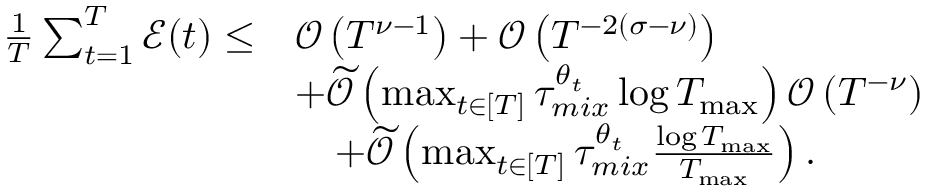
\begin{array} { r l } { \frac { 1 } { T } \sum _ { t = 1 } ^ { T } \mathcal { E } ( t ) \leq } & { \mathcal { O } \left( T ^ { \nu - 1 } \right) + \mathcal { O } \left( T ^ { - 2 ( \sigma - \nu ) } \right) } \\ & { + \widetilde { \mathcal { O } } \left( \operatorname* { m a x } _ { t \in [ T ] } \tau _ { m i x } ^ { \theta _ { t } } \log T _ { \operatorname* { m a x } } \right) \mathcal { O } \left( T ^ { - \nu } \right) } \\ & { \quad + \widetilde { \mathcal { O } } \left( \operatorname* { m a x } _ { t \in [ T ] } \tau _ { m i x } ^ { \theta _ { t } } \frac { \log T _ { \operatorname* { m a x } } } { T _ { \operatorname* { m a x } } } \right) . } \end{array}